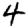
Digit: 4